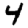
Digit: 4